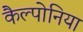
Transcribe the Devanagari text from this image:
कैल्पोनिया